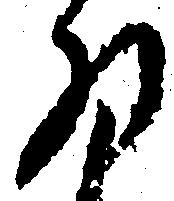
拝